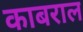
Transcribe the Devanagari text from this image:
काबराल